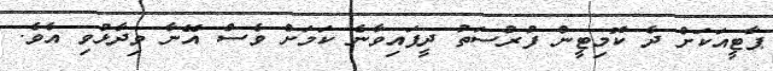
ޕާޓީއަކަށް ދެ ކޮމިޓީން ފުރުސަތު ދީފައިވާނެ ކަމަށް ވެސް އޭނާ ވިދާޅުވި އެވެ.